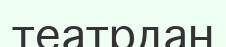
театрдан